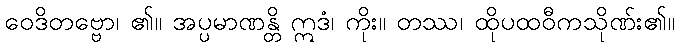
ဝေဒိတဗ္ဗော၊ ၏။ အပ္ပမာဏန္တိ ဣဒံ၊ ကိုး။ တဿ၊ ထိုပထဝီကသိုဏ်း၏။